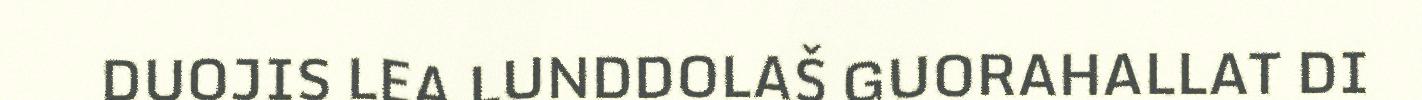
DUOJIS LEA LUNDDOLAŠ GUORAHALLAT DI